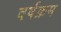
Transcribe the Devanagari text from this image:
वर्षक्रम